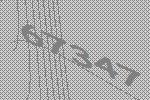
67347